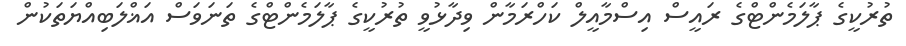
ތުރުކީގެ ޕާލަމެންޓްގެ ރައީސް އިސްމާއީލް ކަހްރަމާން ވިދާޅުވީ ތުރުކީގެ ޕާލަމެންޓްގެ ތަނަވަސް އަޣްލަބިއްޔަތަކުން